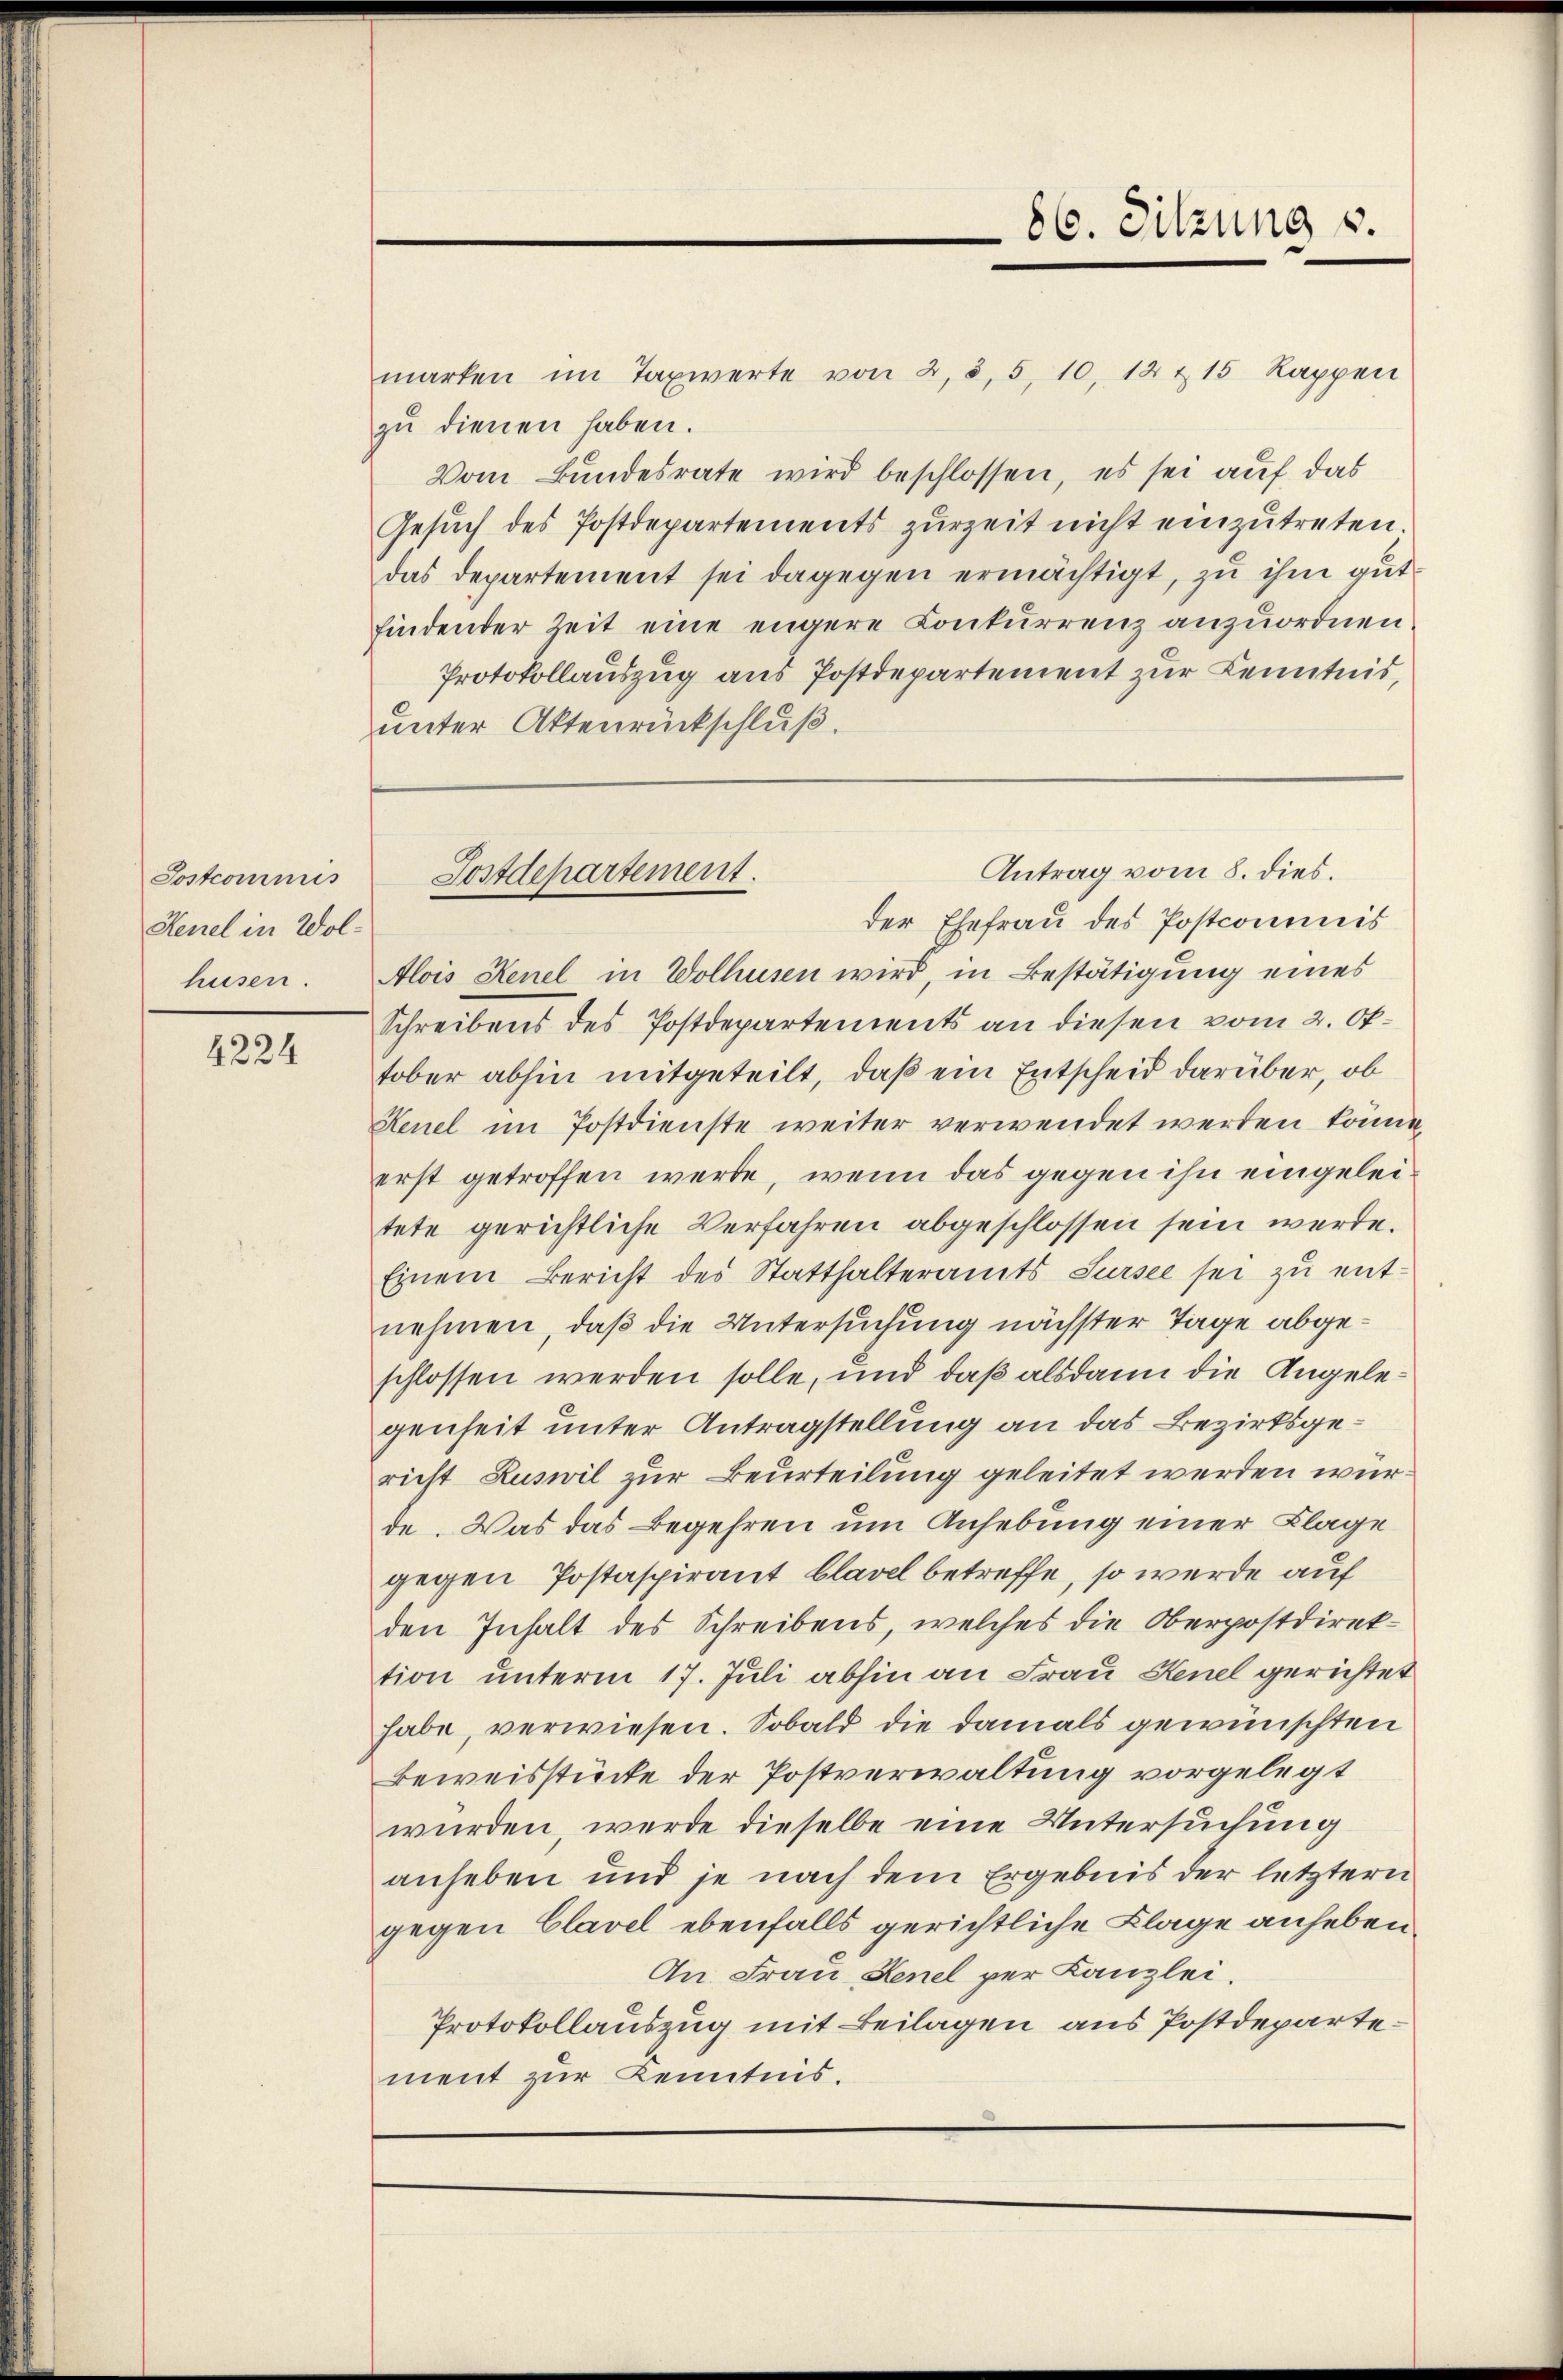
Jostcommis
Renel in Wolhusen.

4224

Protokollauszug aus Postdepartement zur Kenntnis,
unter Aktenrückschluß.

marken im Taxwerte von 2, 3, 5, 10, 12 & 15 Rappen
zu dienen haben.
Vom Bundesrate wird beschlossen, es sei auf das
Gesuch des Postdepartements zurzeit nicht einzutreten.
das Departement sei dagegen ermächtigt, zu ihm gutfindender Zeit eine engere Conkurrenz anzuordnen.
der Ehefrau des Postcommis
Alois Renel in Wolhusen wird, in Bestätigung eines
Schreibens des Postdepartements an diesen vom 2. Oktober abhin mitgeteilt, daß ein Entscheid darüber, ob
Kenel im Postdienste weiter verwendet werden könne,
erst getroffen werde, wenn das gegen ihn eingeleitete gerichtliche Verfahren abgeschlossen sein werde.
Einem Bericht des Statthalteramts Sursee sei zu entnehmen, daß die Untersuchung nächster Tage abgeschlossen werden solle, und daß alsdann die Angelegenheit unter Antragstellung an das Bezirksgericht Zuswil zur Beurteilung geleitet werden wurde. Was das Begehren um Anhebung einer Klage
gegen Postaspirant blavel betreffe, so werde auf
den Inhalt des Schreibens, welches die Oberpostdirektion unterm 17. Juli abhin an Frau Kenel gerichtet
habe, verwiesen. Sobald die damals gewünschten
Beweisstücke der Postverwaltung vorgelegt
würden, werde dieselbe eine Untersuchung
anheben und je nach dem Ergebnis der letztern
gegen Clavel ebenfalls gerichtliche Klage anheben¬
An Frau Kenel per Kanzlei.
Protokollauszug mit Beilagen aus Postdeparte
ment zur Kenntnis.

86. Sitzung v.

Antrag vom 8. dies.
Postdepartement.